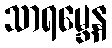
သာရမ္ဘေန